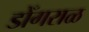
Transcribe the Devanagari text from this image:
डोँगराळ